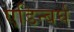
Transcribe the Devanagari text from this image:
एडिन्बर्घ